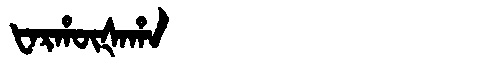
Manchu: ᡶᠠᡵᡥᡡᡧᠠᡥᠠ
Romanization: FARHŪŠAHA